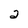
Character: 2